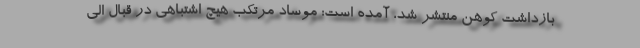
بازداشت کوهن منتشر شد، آمده است: موساد مرتکب هیچ اشتباهی در قبال الی